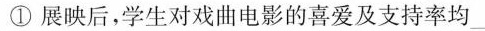
①展映后，学生对戏曲电影的喜爱及支持率均